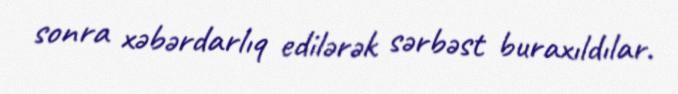
sonra xəbərdarlıq edilərək sərbəst buraxıldılar.